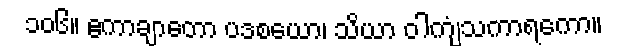
၁၀၆။ ဧကာချာတော ပဒစယော၊ သိယာ ဝါကျံသကာရကော။